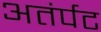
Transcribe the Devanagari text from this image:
अतंर्पट